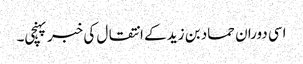
اسی دوران حماد بن زید کے انتقال کی خبر پہنچی۔